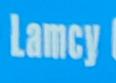
lamcy